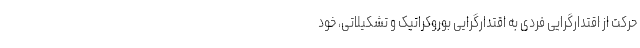
حرکت از اقتدارگرایی فردی به اقتدارگرایی بوروکراتیک و تشکیلاتی، خود